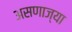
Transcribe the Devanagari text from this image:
असणाज्या